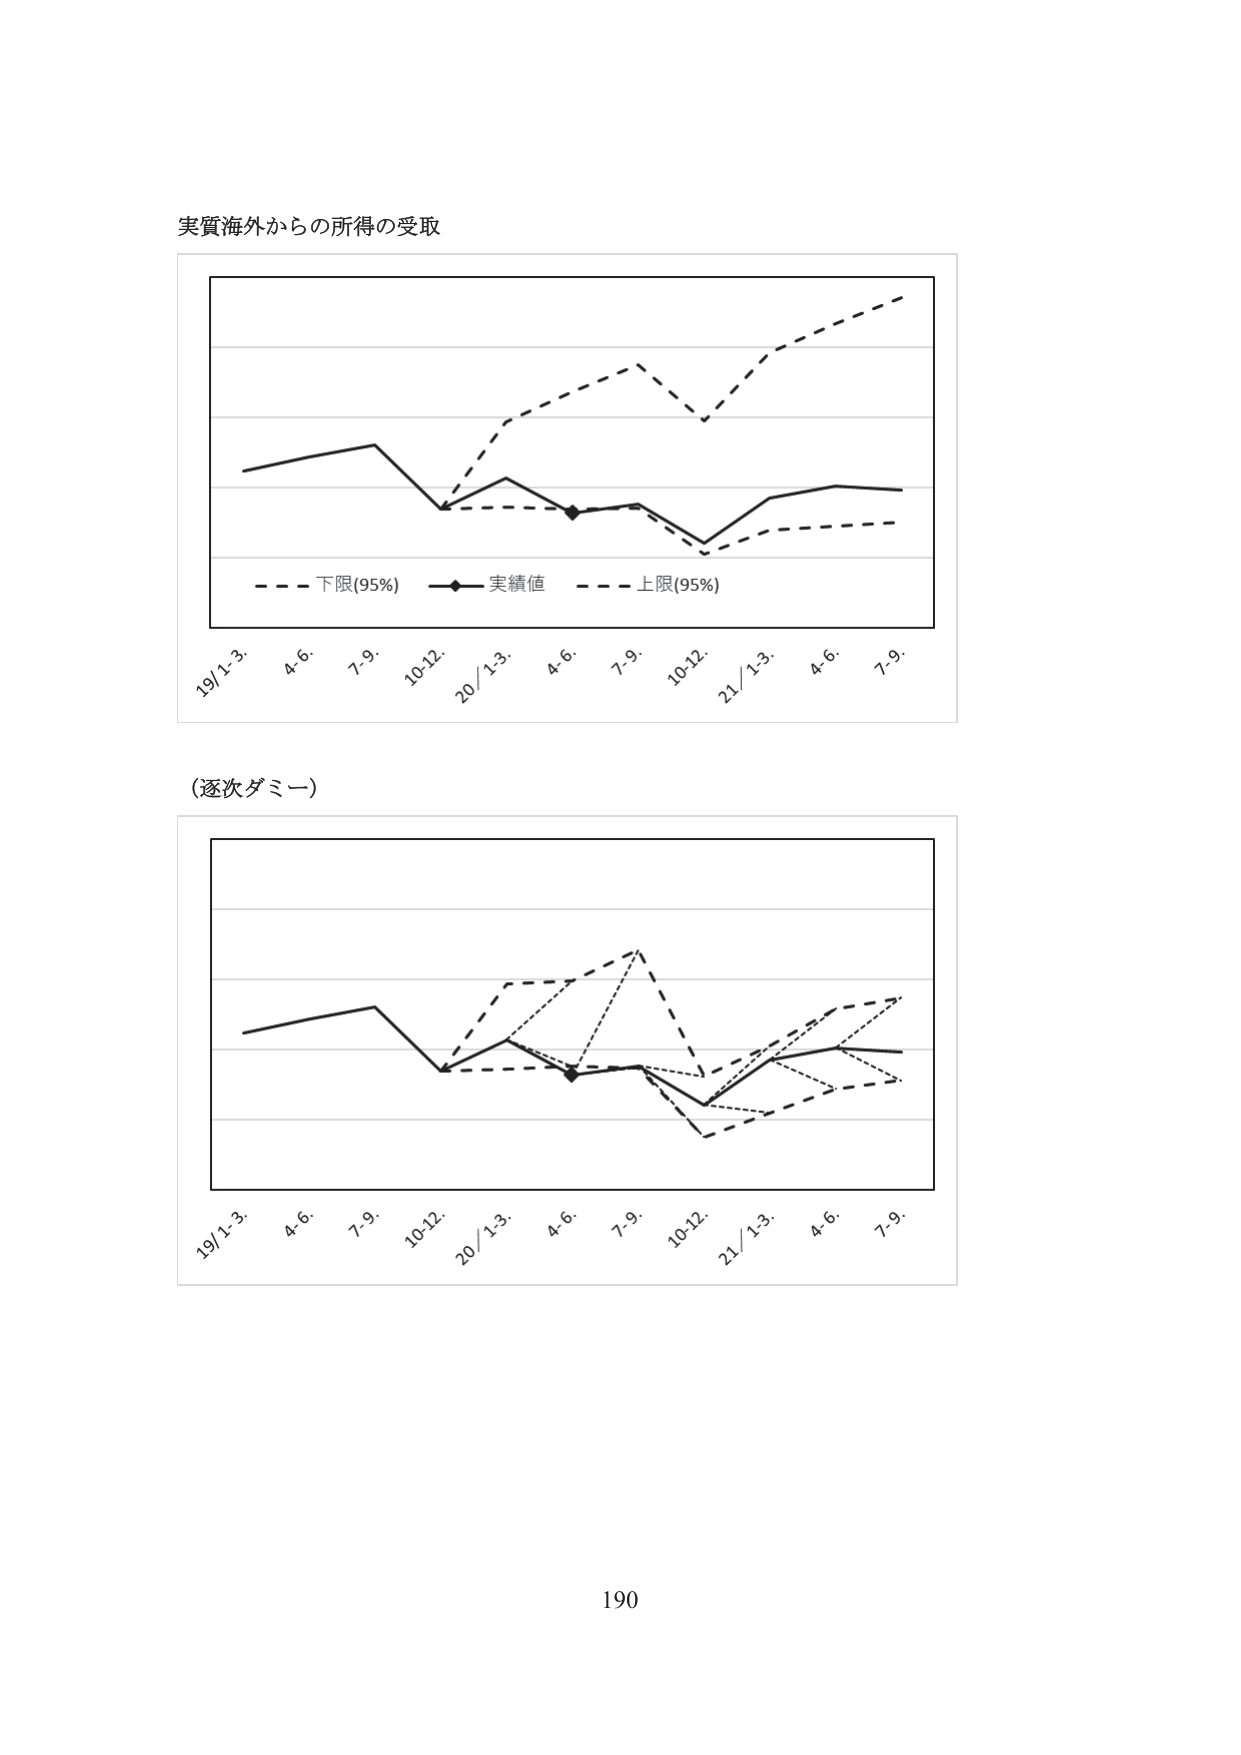
実質海外からの所得の受取

- - - 下限(95%) —◆— 実績値 - - - 上限(95%)

19/1-3. 4.6. 7.9. 10-12. 20/1-3. 4.6. 7.9. 10-12. 21/1-3. 4.6. 7.9.

(逐次ダミー)

19/1-3. 4.6. 7.9. 10-12. 20/1-3. 4.6. 7.9. 10-12. 21/1-3. 4.6. 7.9.

190